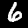
Label: 6